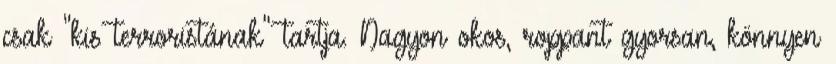
csak "kis terroristának" tartja. Nagyon okos, roppant gyorsan, könnyen